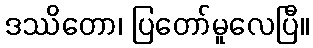
ဒဿိတော၊ ပြတော်မူလေပြီ။